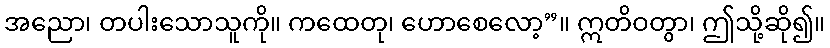
အညော၊ တပါးသောသူကို။ ကထေတု၊ ဟောစေလော့”။ ဣတိဝတွာ၊ ဤသို့ဆို၍။